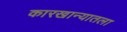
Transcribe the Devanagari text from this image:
कारखान्यातला